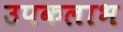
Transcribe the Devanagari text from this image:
उपकलाभ